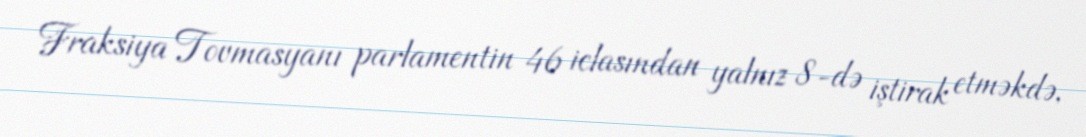
Fraksiya Tovmasyanı parlamentin 46 iclasından yalnız 8-də iştirak etməkdə,